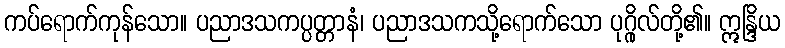
ကပ်ရောက်ကုန်သော။ ပညာဒသကပ္ပတ္တာနံ၊ ပညာဒသကသို့ရောက်သော ပုဂ္ဂိုလ်တို့၏။ ဣန္ဒြိယ